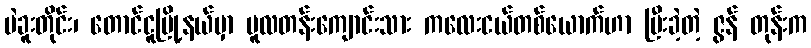
ပဲခူးတိုင်း၊ တောင်ငူမြို့နယ်မှာ မူလတန်းကျောင်းသား ကလေးငယ်တစ်ယောက်ဟာ ပြီးခဲ့တဲ့ ဇွန် တုန်းက